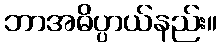
ဘာအဓိပ္ပာယ်နည်း။